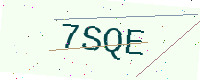
Text: 7SQE